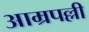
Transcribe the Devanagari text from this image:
आम्रपल्ली